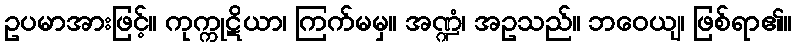
ဥပမာအားဖြင့်။ ကုက္ကုဋိယာ၊ ကြက်မမှ။ အဏ္ဍံ၊ အဥသည်။ ဘဝေယျ၊ ဖြစ်ရာ၏။